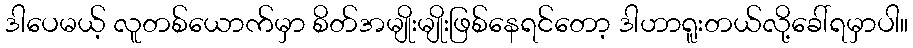
ဒါပေမယ့် လူတစ်ယောက်မှာ စိတ်အမျိုးမျိုးဖြစ်နေရင်တော့ ဒါဟာရူးတယ်လို့ခေါ်ရမှာပါ။